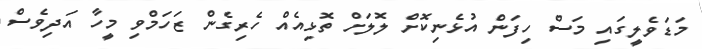
މަޑަވެލީގައި މަސް ހިފަން އުޅެނިކޮށް ލޮލަށް ތޮޅިއެއް ހެރިގެން ޒަހަމްވި މީހާ އަދިވެސް